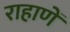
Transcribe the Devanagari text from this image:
राहाणें